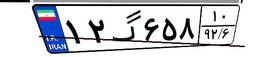
۶۷گ۶۵۵۱۴